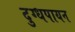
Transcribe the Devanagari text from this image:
दुग्धपायन